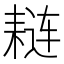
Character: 𫅼